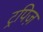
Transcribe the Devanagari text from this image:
ट्रपिज़